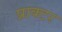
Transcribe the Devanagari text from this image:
प्राक्टर